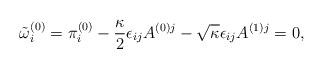
LaTeX: \begin{align*}\tilde{\omega}^{(0)}_i = \pi^{(0)}_i - \frac{\kappa}{2}\epsilon_{ij}A^{(0)j} - \sqrt{\kappa}\epsilon_{ij}A^{(1)j}=0,\end{align*}